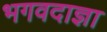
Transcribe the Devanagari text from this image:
भगवदाज्ञा